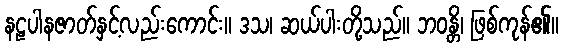
နဠပါနဇာတ်နှင့်လည်းကောင်း။ ဒသ၊ ဆယ်ပါးတို့သည်။ ဘဝန္တိ၊ ဖြစ်ကုန်၏။